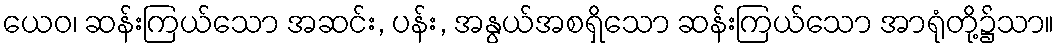
ယေဝ၊ ဆန်းကြယ်သော အဆင်း, ပန်း, အနွယ်အစရှိသော ဆန်းကြယ်သော အာရုံတို့၌သာ။